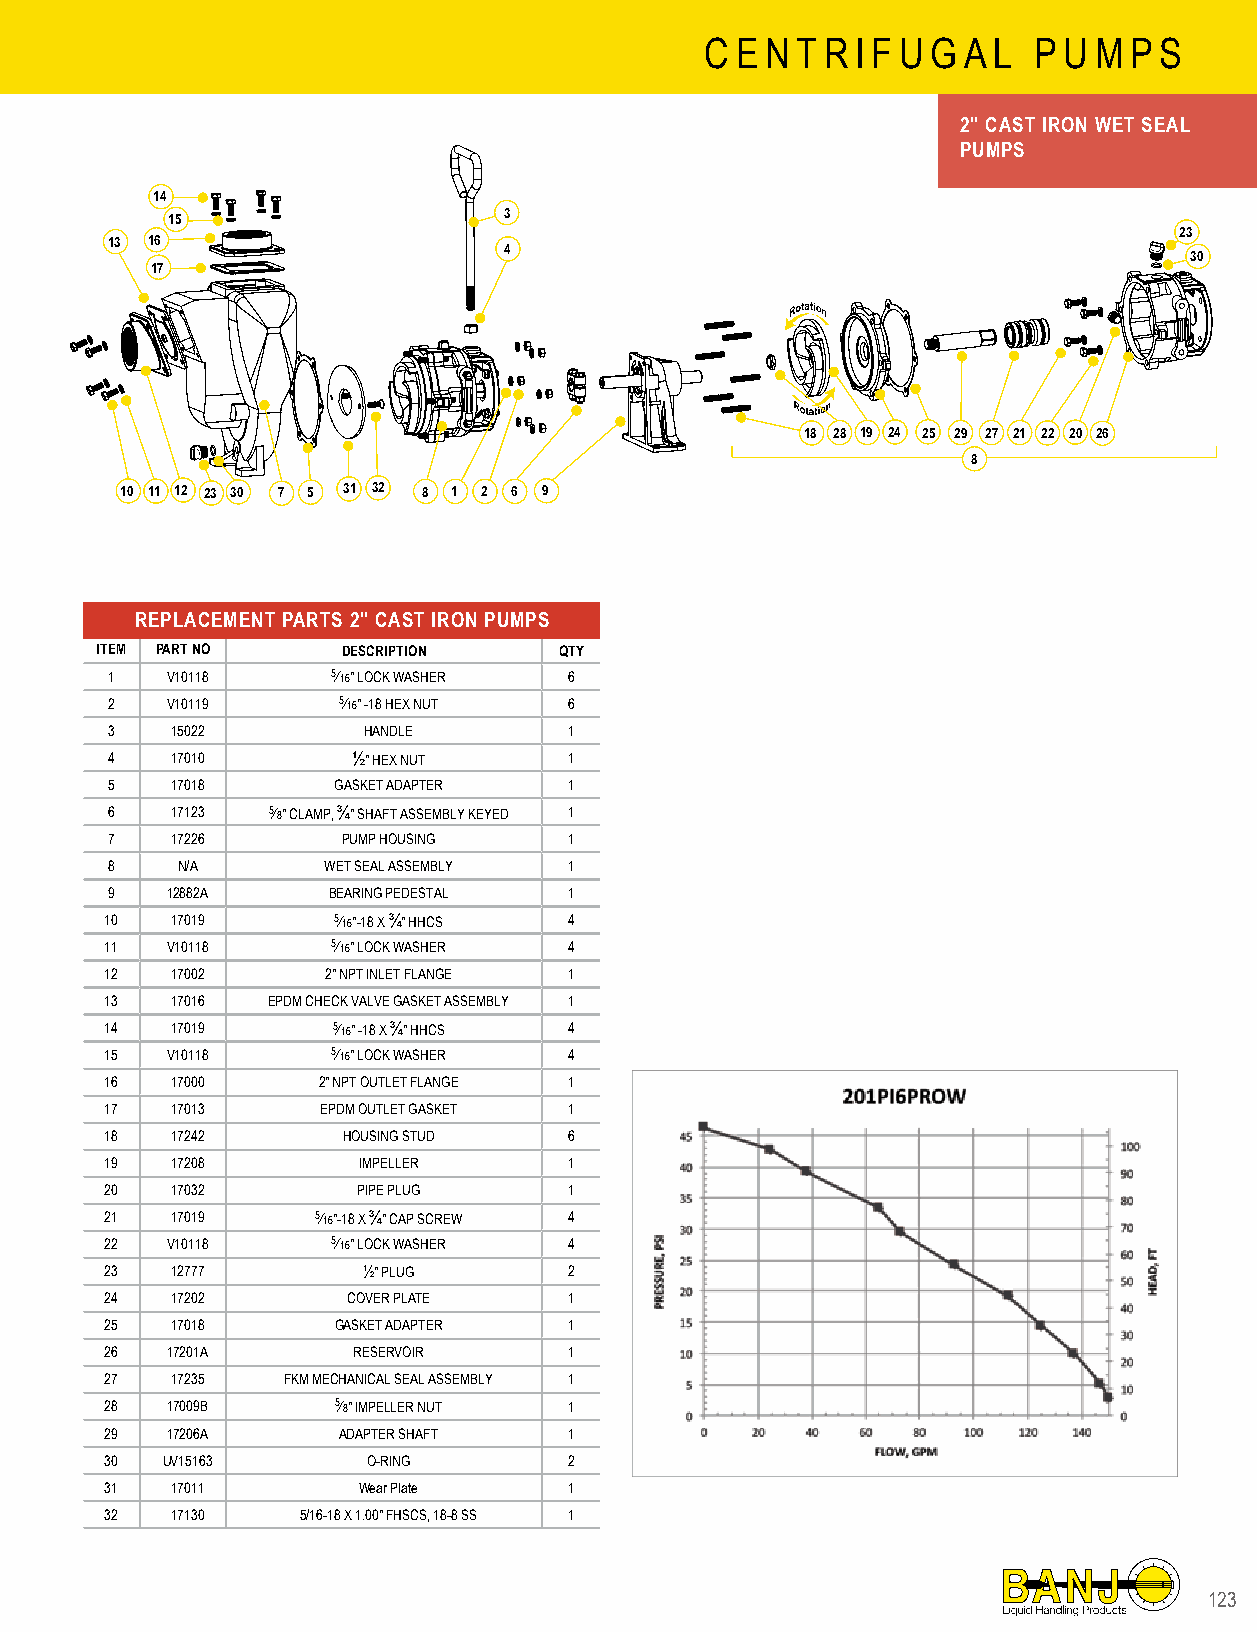
C E N T R I F U G A L P U M P S
 2" CAST IRON WET SEAL
 PUMPS
 14
 3
 15
 23
 13 16
 4
 30
 17
 18 28 19 24 25 29 27 21 22 20 26
 8
 10 11 12 23 30 7 5 31 32 8 1 2 6 9
 REPLACEMENT PARTS 2" CAST IRON PUMPS
 ITEM PART NO     DESCRIPTION   QTY
 1   V10118     5⁄16" LOCK WASHER 6
 2   V10119     5⁄16" -18 HEX NUT 6
 3   15022        HANDLE        1
 4   17010       ½" HEX NUT     1
 5   17018      GASKET ADAPTER  1
 6   17123  5⁄8" CLAMP, ¾" SHAFT ASSEMBLY KEYED 1
 7   17226       PUMP HOUSING   1
 8    N/A      WET SEAL ASSEMBLY 1
 9   12882A     BEARING PEDESTAL 1
 10  17019      5⁄16"-18 X ¾" HHCS 4
 11  V10118     5⁄16" LOCK WASHER 4
 12  17002      2" NPT INLET FLANGE 1
 13  17016  EPDM CHECK VALVE GASKET ASSEMBLY 1
 14  17019      5⁄16" -18 X ¾" HHCS 4
 15  V10118     5⁄16" LOCK WASHER 4
 16  17000     2" NPT OUTLET FLANGE 1
 17  17013     EPDM OUTLET GASKET 1
 18  17242       HOUSING STUD   6
 19  17208        IMPELLER      1
 20  17032        PIPE PLUG     1
 21  17019     5⁄16"-18 X ¾" CAP SCREW 4
 22  V10118     5⁄16" LOCK WASHER 4
 23  12777        ½" PLUG       2
 24  17202       COVER PLATE    1
 25  17018      GASKET ADAPTER  1
 26  17201A      RESERVOIR      1
 27  17235   FKM MECHANICAL SEAL ASSEMBLY 1
 28  17009B     5⁄8" IMPELLER NUT 1
 29  17206A     ADAPTER SHAFT   1
 30  UV15163      O-RING        2
 31  17011        Wear Plate    1
 32  17130    5/16-18 X 1.00" FHSCS, 18-8 SS 1
 112233